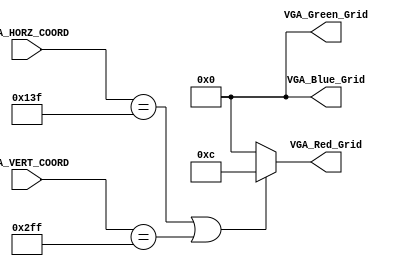
`timescale 1ns / 1ps
//////////////////////////////////////////////////////////////////////////////////
//-------------------------------------------------------------------------  
//                  DRAWING GRID LINES AND TICKS ON SCREEN
// Description:
// Grid lines are drawn at pixel # 320 along the x-axis, and
// pixel #768 along the y-axis

// Note the VGA controller is configured to produce a 1024 x 1280 pixel resolution
//-------------------------------------------------------------------------

//-------------------------------------------------------------------------
// TOOD:    Draw grid lines at every 80-th pixel along the horizontal axis, and every 64th pixel
//          along the vertical axis. This gives us a 16x16 grid on screen. 
//          
//          Further draw ticks on the central x and y grid lines spaced 16 and 8 pixels apart in the 
//          horizontal and vertical directions respectively. This gives us 5 sub-divisions per division 
//          in the horizontal and 8 sub-divisions per divsion in the vertical direction   
//-------------------------------------------------------------------------  
  
//////////////////////////////////////////////////////////////////////////////////


module Draw_Background(
    input [11:0] VGA_HORZ_COORD,
    input [11:0] VGA_VERT_COORD,
    output [3:0] VGA_Red_Grid,
    output [3:0] VGA_Green_Grid,
    output [3:0] VGA_Blue_Grid
    );
    
// The code below draws two grid lines. Modify the codes to draw more grid lines. 
    wire Condition_For_Grid = (VGA_HORZ_COORD == 319) ||  (VGA_VERT_COORD == 767) ;


// Using the gridline example, insert your code below to draw ticks on the x-axis and y-axis.
    wire Condition_For_Ticks;


    
// Please modify below codes to change the background color and to display ticks defined above
    assign VGA_Red_Grid = Condition_For_Grid ? 4'hC : 4'h0 ;
    assign VGA_Green_Grid = Condition_For_Grid ? 4'h0 : 4'h0 ;
    assign VGA_Blue_Grid = Condition_For_Grid ? 4'h0 : 4'h0 ;
                            // if true, a red pixel is put at coordinates (VGA_HORZ_COORD, VGA_VERT_COORD), 
     
endmodule